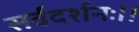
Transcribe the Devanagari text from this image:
सर्वदर्शनः।।